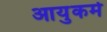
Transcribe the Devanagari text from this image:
आयुकर्म